Annual report of the Imperial Bacteriological Laboratory, Muktesar
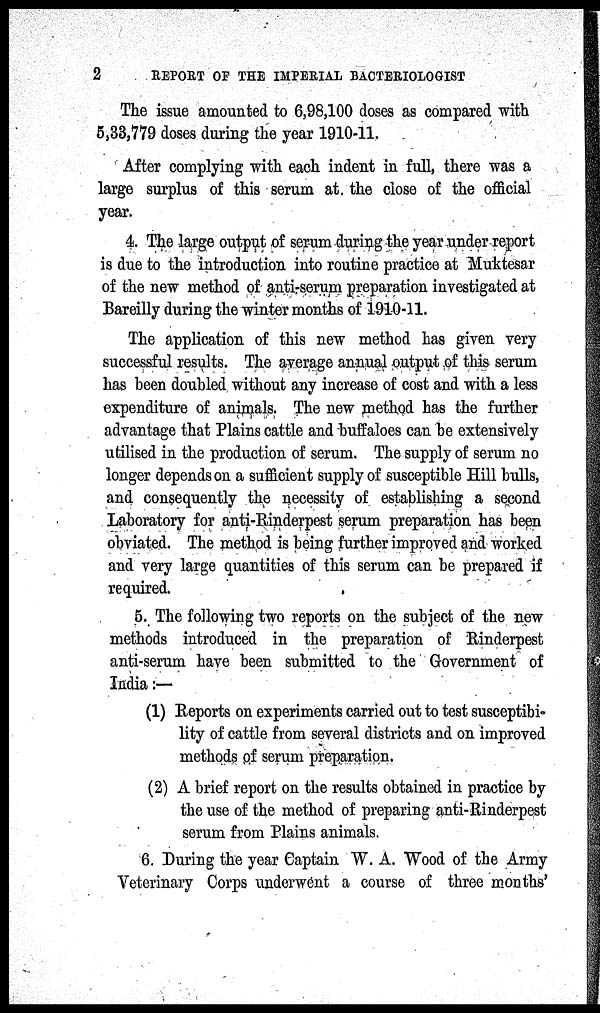
2
REPORT
OF THE IMPERIAL BACTERIOLOGIST
The issue amounted to 6,98,100 doses as compared with
5,33,779 doses during the year 1910-11.
After complying with each indent in full, there was a
large surplus of this serum at the close of the official
year.
4. The large output of serum during the year under report
is due to the introduction into routine practice at Muktesar
of the new method of anti-serum preparation investigated at
Bareilly during the winter months of 1910-11.
The application of this new method has given very
successful results. The average annual output of this serum
has been doubled without any increase of cost and with a less
expenditure of animals. The new method has the further
advantage that Plains cattle and buffaloes can be extensively
utilised in the production of serum. The supply of serum no
longer depends on a sufficient supply of susceptible Hill bulls,
and consequently the necessity of establishing a second
Laboratory for anti-Rinderpest serum preparation has been
obviated. The method is being further improved and worked
and very large quantities of this serum can be prepared if
required.
5. The following two reports on the subject of the new
methods introduced in the preparation of Rinderpest
anti-serum have been submitted to the Government of
India :—
(1) Reports on experiments carried out to test susceptibi-
lity of cattle from several districts and on improved
methods of serum preparation.
(2) A brief report on the results obtained in practice by
the use of the method of preparing anti-Rinderpest
serum from Plains animals.
6. During the year Captain W. A. Wood of the Army
Veterinary Corps underwent a course of three months'